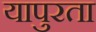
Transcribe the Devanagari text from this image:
यापुरता